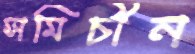
সমিচীন